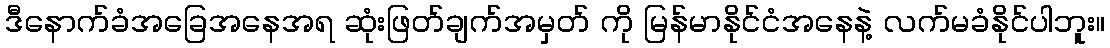
ဒီနောက်ခံအခြေအနေအရ ဆုံးဖြတ်ချက်အမှတ် ကို မြန်မာနိုင်ငံအနေနဲ့ လက်မခံနိုင်ပါဘူး။